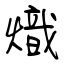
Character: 熾